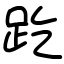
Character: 趷